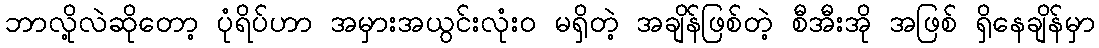
ဘာလို့လဲဆိုတော့ ပုံရိပ်ဟာ အမှားအယွင်းလုံး၀ မရှိတဲ့ အချိန်ဖြစ်တဲ့ စီအီးအို အဖြစ် ရှိနေချိန်မှာ